Madras plague regulations and rules - Volume 1
Disease focus: Plague
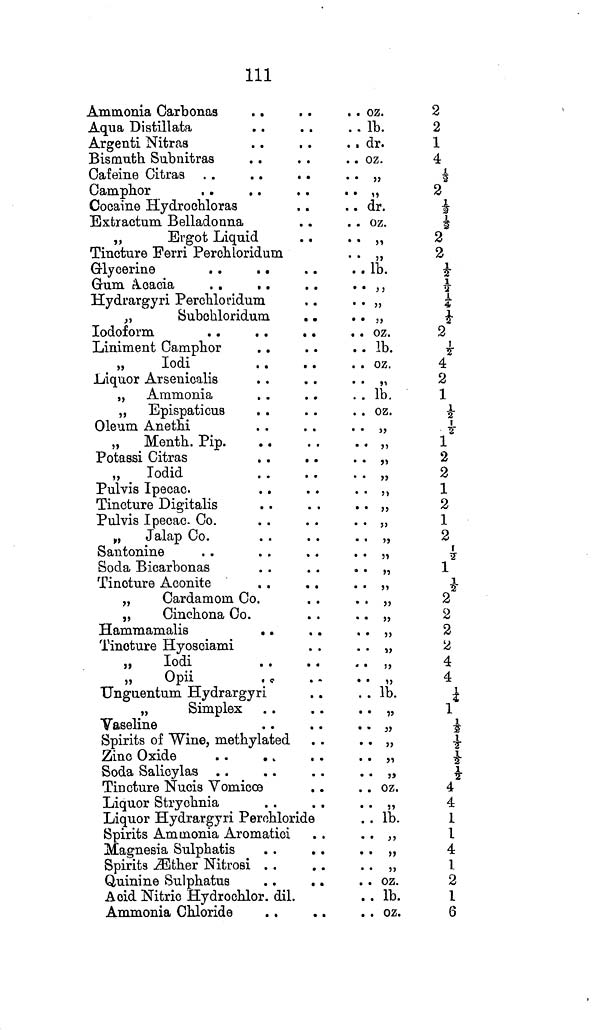
111
Ammonia Carbonas
Aqua Distillata
Argenti Nitras
Bismuth Subnitras
Cafeine Citras . .
. .
. .
Camphor
Cocaine Hydrochloras
Extractum Belladonna
„
Ergot Liquid
Tincture Ferri Perchloridum
Glycerine
. .
. .
Gum Acacia
. .
. .
Hydrargyri Perchloridum
,,
Subchloridum
. .
Iodoform
Liniment Camphor
. .
„
Iodi
Liquor Arsenicalis
„ Ammonia
„ Epispaticus
Oleum Anethi
„
Menth. Pip.
Potassi Citras
,,
Iodid
Pulvis Ipecac.
Tincture Digitalis
Pulvis Ipecac. Co.
„
Jalap Co.
Santonine
Soda Bicarbonas
Tincture Aconite
„
Cardamom Co.
„
Cinchona Co.
Hammamalis
. .
Tincture Hyosciami
,,
Iodi
„
Opii
Unguentum Hydrargyri
„
Simplex
Vaseline
Spirits of Wine, methylated
Zinc Oxide
Soda Salicylas
Tincture Nucis Vomicœ
Liquor Strychnia
Liquor Hydrargyri Perchloride
Spirits Ammonia Aromatici
Magnesia Sulphatis
Spirits Æther Nitrosi
Quinine Sulphatus
Acid Nitric Hydrochlor. dil.
Ammonia Chloride
. ,
. . oz.
.. lb.
.. dr.
. . oz.
• • ,,
• • ,,
.. dr.
. . oz.
..
,,
.. lb.
.. ,,
' ' 5)
..
,,
. . oz.
.. lb.
. . oz.
..
,,
.. lb.
. . oz.
..
,,
..
,,
..
,,
..
,,
..
,,
..
,,
• • 5>
..,
..
,,
..
,,
..
,,
..
,,
..
,,
..
,,
..
,,
..
,,
..
,,
.. lb.
.. ,,
..
,,
..
,,
..
,,
..
,,
. . oz.
..
,,
.. lb.
.. ,,
.. ,,
.. ,,
. . oz.
.. lb.
. . oz.
2
2
1
4
½
2
½
½
2
2
½|
½
¼
½
2
½
4
2
1
½
½
2
2
1
2
1
2
½
2
2
2
2
4
4
¼
½
I
½
½
4
4
1
1
4
1
2
1
6